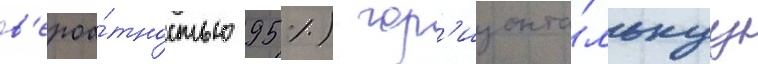
в'ероа́тностью 95 %) гор'изонта́льнуу